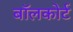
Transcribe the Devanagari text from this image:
बॉलकोर्ट